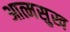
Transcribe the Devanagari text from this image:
आत्मसुख